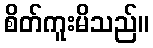
စိတ်ကူးမိသည်။